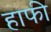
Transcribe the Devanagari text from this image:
हाफी